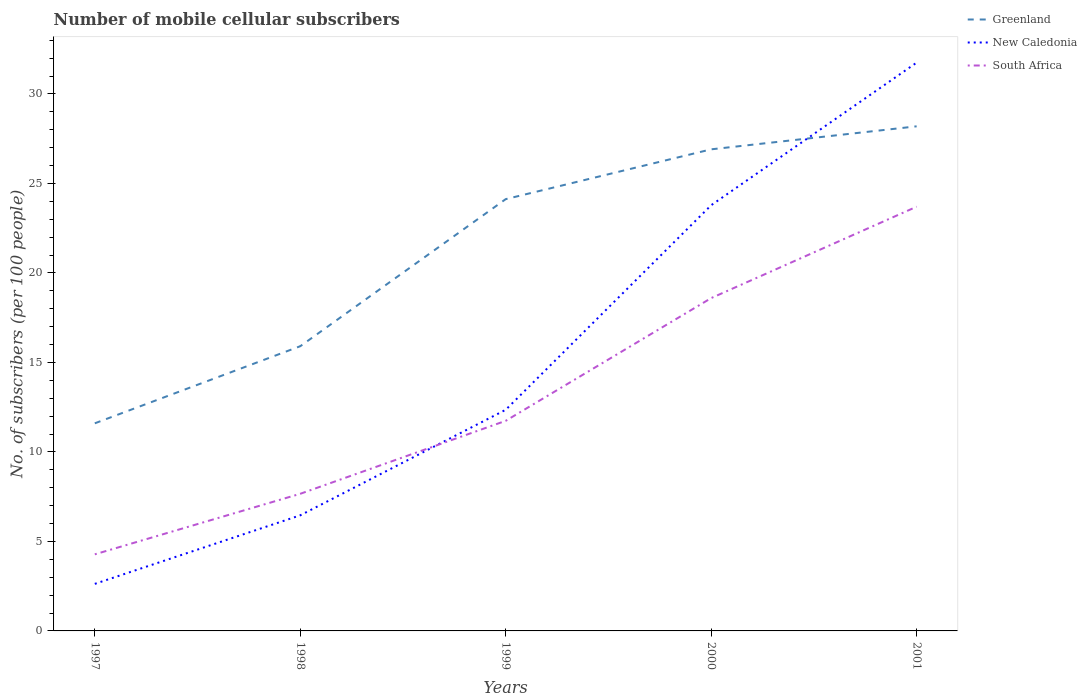
| Years | Greenland | New Caledonia | South Africa |
 | --- | --- | --- | --- |
 | 1997 | 11.6 | 2.63 | 4.28 |
 | 1998 | 15.9 | 6.46 | 7.66 |
 | 1999 | 24.1 | 12.4 | 11.7 |
 | 2000 | 26.9 | 23.8 | 18.6 |
 | 2001 | 28.2 | 31.7 | 23.7 |